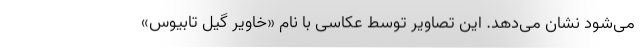
می‌شود نشان می‌دهد. این تصاویر توسط عکاسی با نام «خاویر گیل تابیوس»